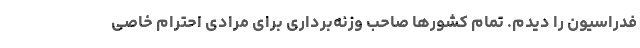
فدراسیون را دیدم. تمام کشورها صاحب وزنه‌برداری برای مرادی احترام خاصی